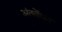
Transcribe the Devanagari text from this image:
अंतवेंधन